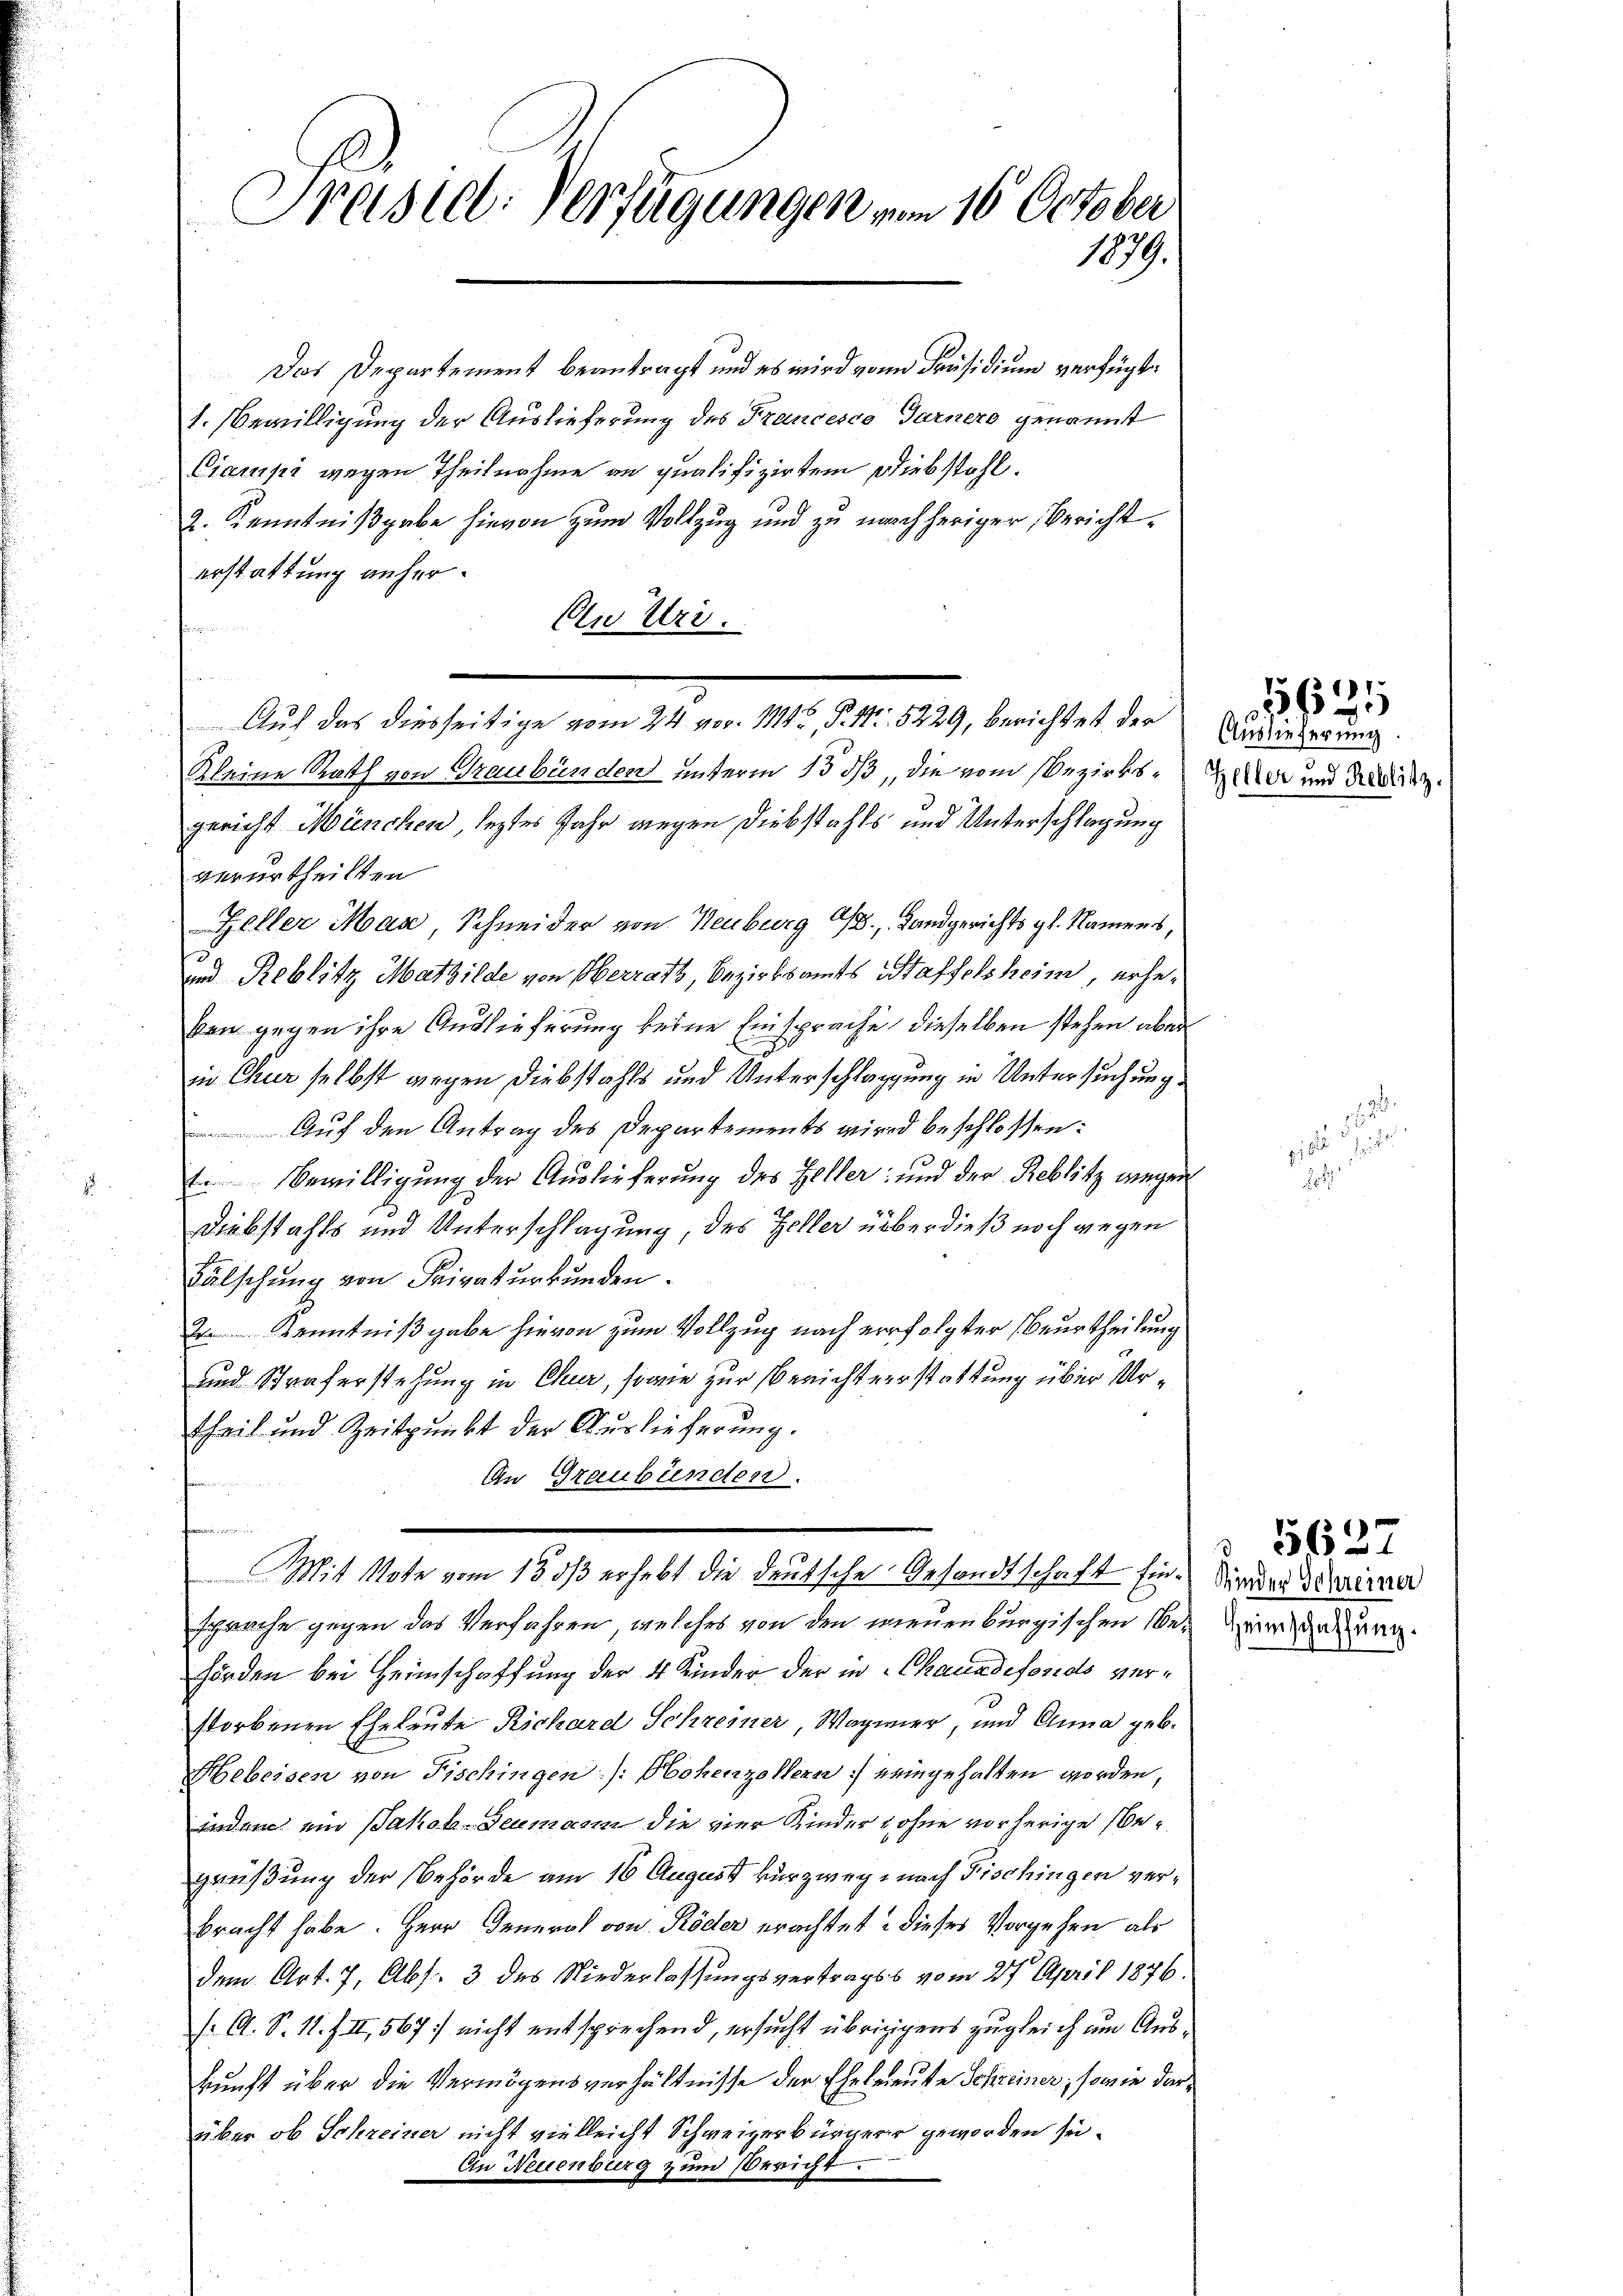
Preistet. Verfügungen vom 16. October
1879.

Das Departement beantragt und es wird von Präsidium verfügt:
1. Bewilligung der Auslieferung des Francesca Garner genannt
Cianisi wegen Theilnahme an qualifizirtem Diebstahl.
2. Kenntnißgabe hievon zum Vollzug und zu nachheriger, Berichterstattung anher¬
An Uri.
frommen.
Kleine Rath von Graubünden unterm 15 dß, die vom Bezirksgericht München, leztes Jahr gegen Diebstahls und Unterschlagung
verurtheilten
Zeller Man, Schneider von Heuburg Ch., Landgerichts gl. Namens,
d
und Reblitz Mathilde von Oberrath, Bezirksamts Staffelsheim, erheken gegen ihre Auslieferung keine Einsprache dieselben stehen aber
in Chur selbst wegen Diebstahls und Unterschlagung in Untersuchung.
Auf den Antrag des Departements wird beschlossen:
 Bewilligung der Auslieferung des Heller; und der Reblitz wegen
Diebstahls und Unterschlagung, des Zeller überdieß noch gegen
Fälschung von Privaturkunden.
2 Kenntnißgabe hievon zum Vollzug nach erfolgter Beurtheilung
und Straferstehung in Chur, sowie zur Berichtverstattung über Urtheil und Zeitpunkt der Auslieferung.
An Graubünden.
Mit Note vom 13. ds erhebt die deutsche Gesandtschaft fin. Die der Marina
sprache gegen das Verfahren, welches von den neuenburgischen sein gesung.
hörden bei Heimschaffung der 4 Kinder der in Chauadefonds verstorbenen Eheleute Richard Schreiner, Wagner, und Cuma geb.
Hebeisen von Fischingen /: Hohenzollern neingehalten worden,
indem ein Jakob-Seumann die vier Kinder ohne vorherige begrüßung der Behörde am 16 August kurzwey nach Fischingen verbracht habe. Herr General von Röder erachtet & dieses Vorgehen, als
dem Art. 7, Abs. 3 des Niederlassungsvertragss vom 27. April 1876.
( A. S. 11. II, 567 nicht entsprechend, ersucht übriggens zugleich um Auskunft über die Vermögensverhältnisse der Eheleute Schreiner, sowie darüber ob Schreiner nicht vielleicht Schweizerbürgern geworden sei.
An Neuenburg zum Bericht.

Auf das diesseitige vom 24. vor. 1142, P. Nr. 5229, berichtet der Auslieferung

Zeller und Reblitz.

181.
56
e

ho

§ 5627